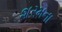
શરમના